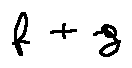
f + g